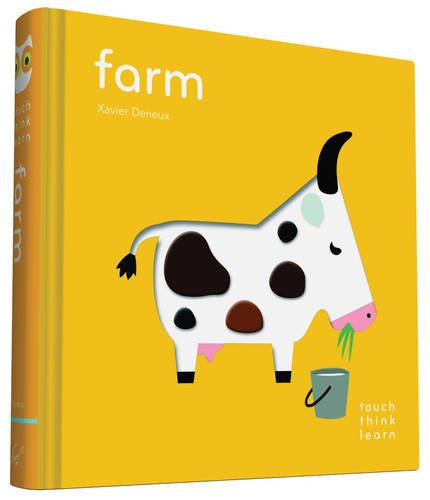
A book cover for TouchThinkLearn: Farm; Xavier Deneux; Children's Books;